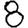
Digit: 8